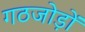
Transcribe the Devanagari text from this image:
गठजोड़ों